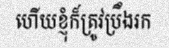
ហើយខ្ញុំក៏ត្រូវប្រឹងរក